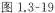
图1.3-19